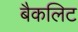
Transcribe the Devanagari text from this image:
बैकलिट